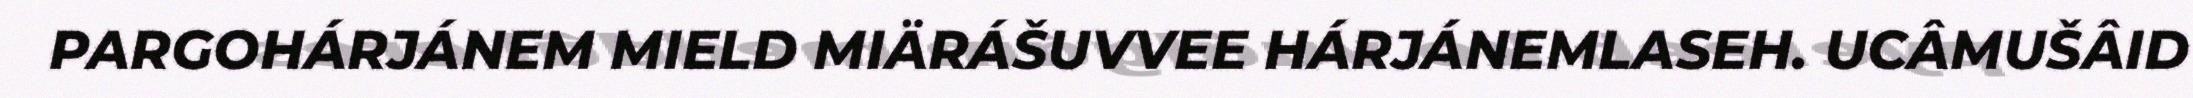
PARGOHÁRJÁNEM MIELD MIÄRÁŠUVVEE HÁRJÁNEMLASEH. UCÂMUŠÂID